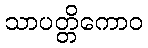
သာပတ္တိကောဝ